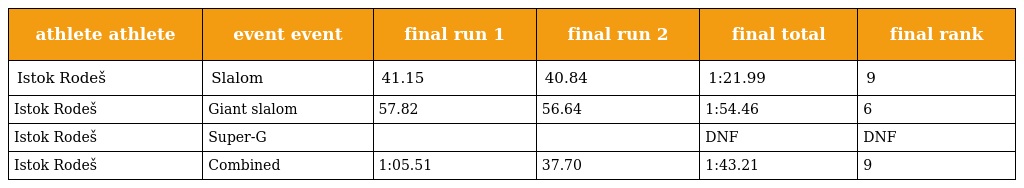
| athlete athlete | event event | final run 1 | final run 2 | final total | final rank |
 | --- | --- | --- | --- | --- | --- |
 | Istok Rodeš | Slalom | 41.15 | 40.84 | 1:21.99 | 9 |
 | Istok Rodeš | Giant slalom | 57.82 | 56.64 | 1:54.46 | 6 |
 | Istok Rodeš | Super-G |  |  | DNF | DNF |
 | Istok Rodeš | Combined | 1:05.51 | 37.70 | 1:43.21 | 9 |